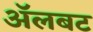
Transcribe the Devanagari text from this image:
अॅलबट